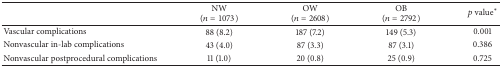
<table><thead><tr><td><b> </b></td><td><b>NW(<i>n</i> = 1073)</b></td><td><b>OW(<i>n</i> = 2608)</b></td><td><b>OB(<i>n</i> = 2792)</b></td><td><b><i>p</i> value<sup><i>∗</i></sup></b></td></tr></thead><tbody><tr><td>Vascular complications</td><td>88 (8.2)</td><td>187 (7.2)</td><td>149 (5.3)</td><td>0.001</td></tr><tr><td>Nonvascular in-lab complications</td><td>43 (4.0)</td><td>87 (3.3)</td><td>87 (3.1)</td><td>0.386</td></tr><tr><td>Nonvascular postprocedural complications</td><td>11 (1.0)</td><td>20 (0.8)</td><td>25 (0.9)</td><td>0.725</td></tr></tbody></table>